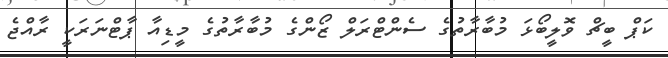
ކަޕް ބީޗް ވޮލީބޯޅަ މުބާރާތުގެ ސެންޓްރަލް ޒޯންގެ މުބާރާތުގެ މީޑިއާ ޕާޓްނަރަކީ ރާއްޖެ